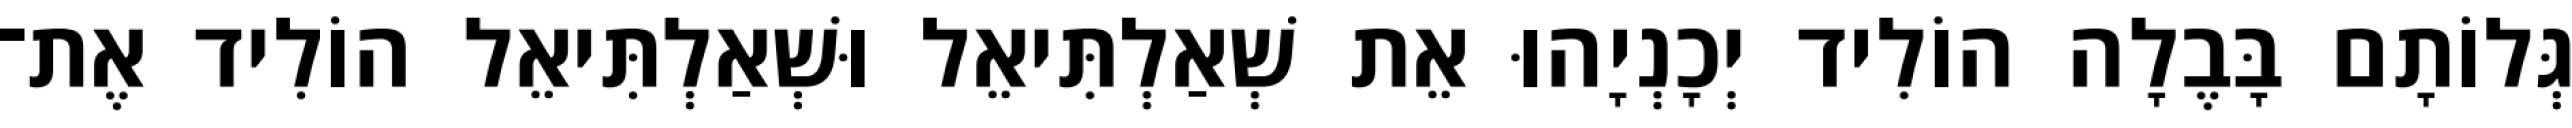
גְּלוֹתָם בָּבֶלָה הוֹלִיד יְכָנְיָהוּ אֵת שְׁאַלְתִּיאֵל וּשְׁאַלְתִּיאֵל הוֹלִיד אֶת־